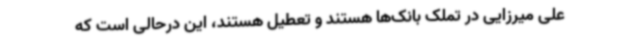
علی میرزایی در تملک بانک‌ها هستند و تعطیل هستند، این درحالی است که